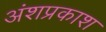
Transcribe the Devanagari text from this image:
अंशप्रकाश